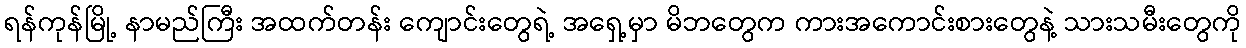
ရန်ကုန်မြို့ နာမည်ကြီး အထက်တန်း ကျောင်းတွေရဲ့ အရှေ့မှာ မိဘတွေက ကားအကောင်းစားတွေနဲ့ သားသမီးတွေကို